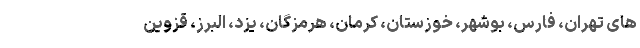
های تهران، فارس، بوشهر، خوزستان، کرمان، هرمزگان، یزد، البرز، قزوین